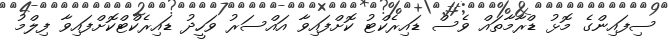
ސިފައިންގެ މޮޅު ޑްރާމާތައް ވެސް ޑައިރެކްޓު ކޮށްފައިވާ އައްސަރު ވަހީދު ޑައިރެކްޓްކޮށްފައިވާ ފިލްމު